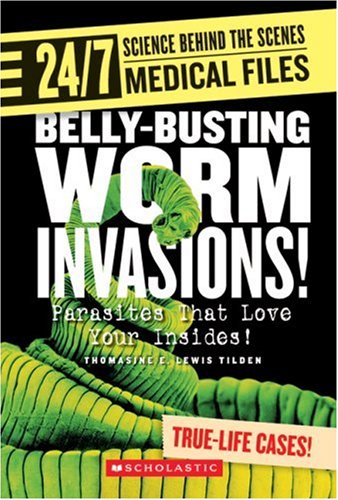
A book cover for Belly-Busting Worm Invasions!: Parasites That Love Your Insides! (24/7: Science Behind the Scenes: Medical Files); Thomasine E. Lewis Tilden; Teen & Young Adult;